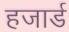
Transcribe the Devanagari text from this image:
हजार्ड